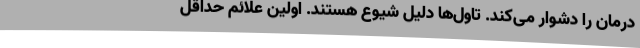
درمان را دشوار می‌کند. تاول‌ها دلیل شیوع هستند. اولین علائم حداقل